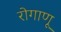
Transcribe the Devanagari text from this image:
रोगाणू